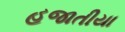
હજાતીયા